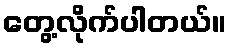
တွေ့လိုက်ပါတယ်။